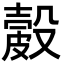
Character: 𥀎